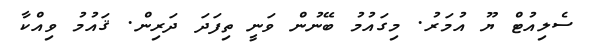
ސެލިއުޓް ޔޫ އުމަރު. މިގައުމު ބޭނުން ވަނީ ތިފަދަ ދަރިން. ޤައުމު ވިއްކާ